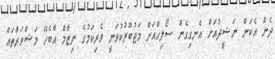
ދެން އެކަން ނަޝީދުއަށް އެނގިގެން ސޯލިހްއަށް މަޖުބޫރުކުވަނީ ވެރިކަމުގެ ނިޒާމް އާބެހޭ މަޝްވަރާތައް